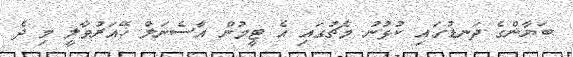
ބަޔާންގެ ދަނޑުގައި ކުޅުނު މެޗުގައި އެ ޓީމުން އާސެނަލް ހޭއަރުވާލީ މި ދެ